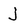
Character: j